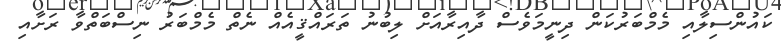
ކައުންސިލާއި މެމްބަރުކަން ދިނީމަވެސް ދާއިރާއަށް ލިބުނު ތަރައްޤީއެއް ނެތް މެމްބަރު ނިސްބަތްވާ ރަށާއި